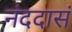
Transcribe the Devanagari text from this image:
नंददासं